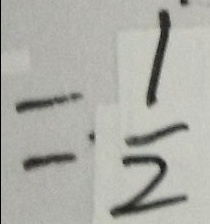
= \cdot \frac { 1 } { 2 }